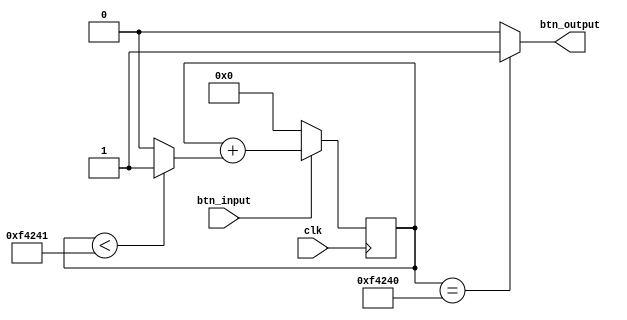
module debounce(
  input clk,
  input btn_input,
  output btn_output
);

reg [29:0] counter = 0;
assign btn_output = (counter == 1_000_000 ? 1 : 0);

always @(posedge clk) begin
  if (btn_input)
    counter <= counter + (counter < 1_000_001 ? 1 : 0);
  else
    counter <= 0;
end

endmodule